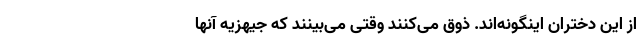
از این دختران اینگونه‌اند. ذوق می‌کنند وقتی می‌بینند که جیهزیه آنها